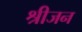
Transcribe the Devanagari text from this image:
श्रीजन